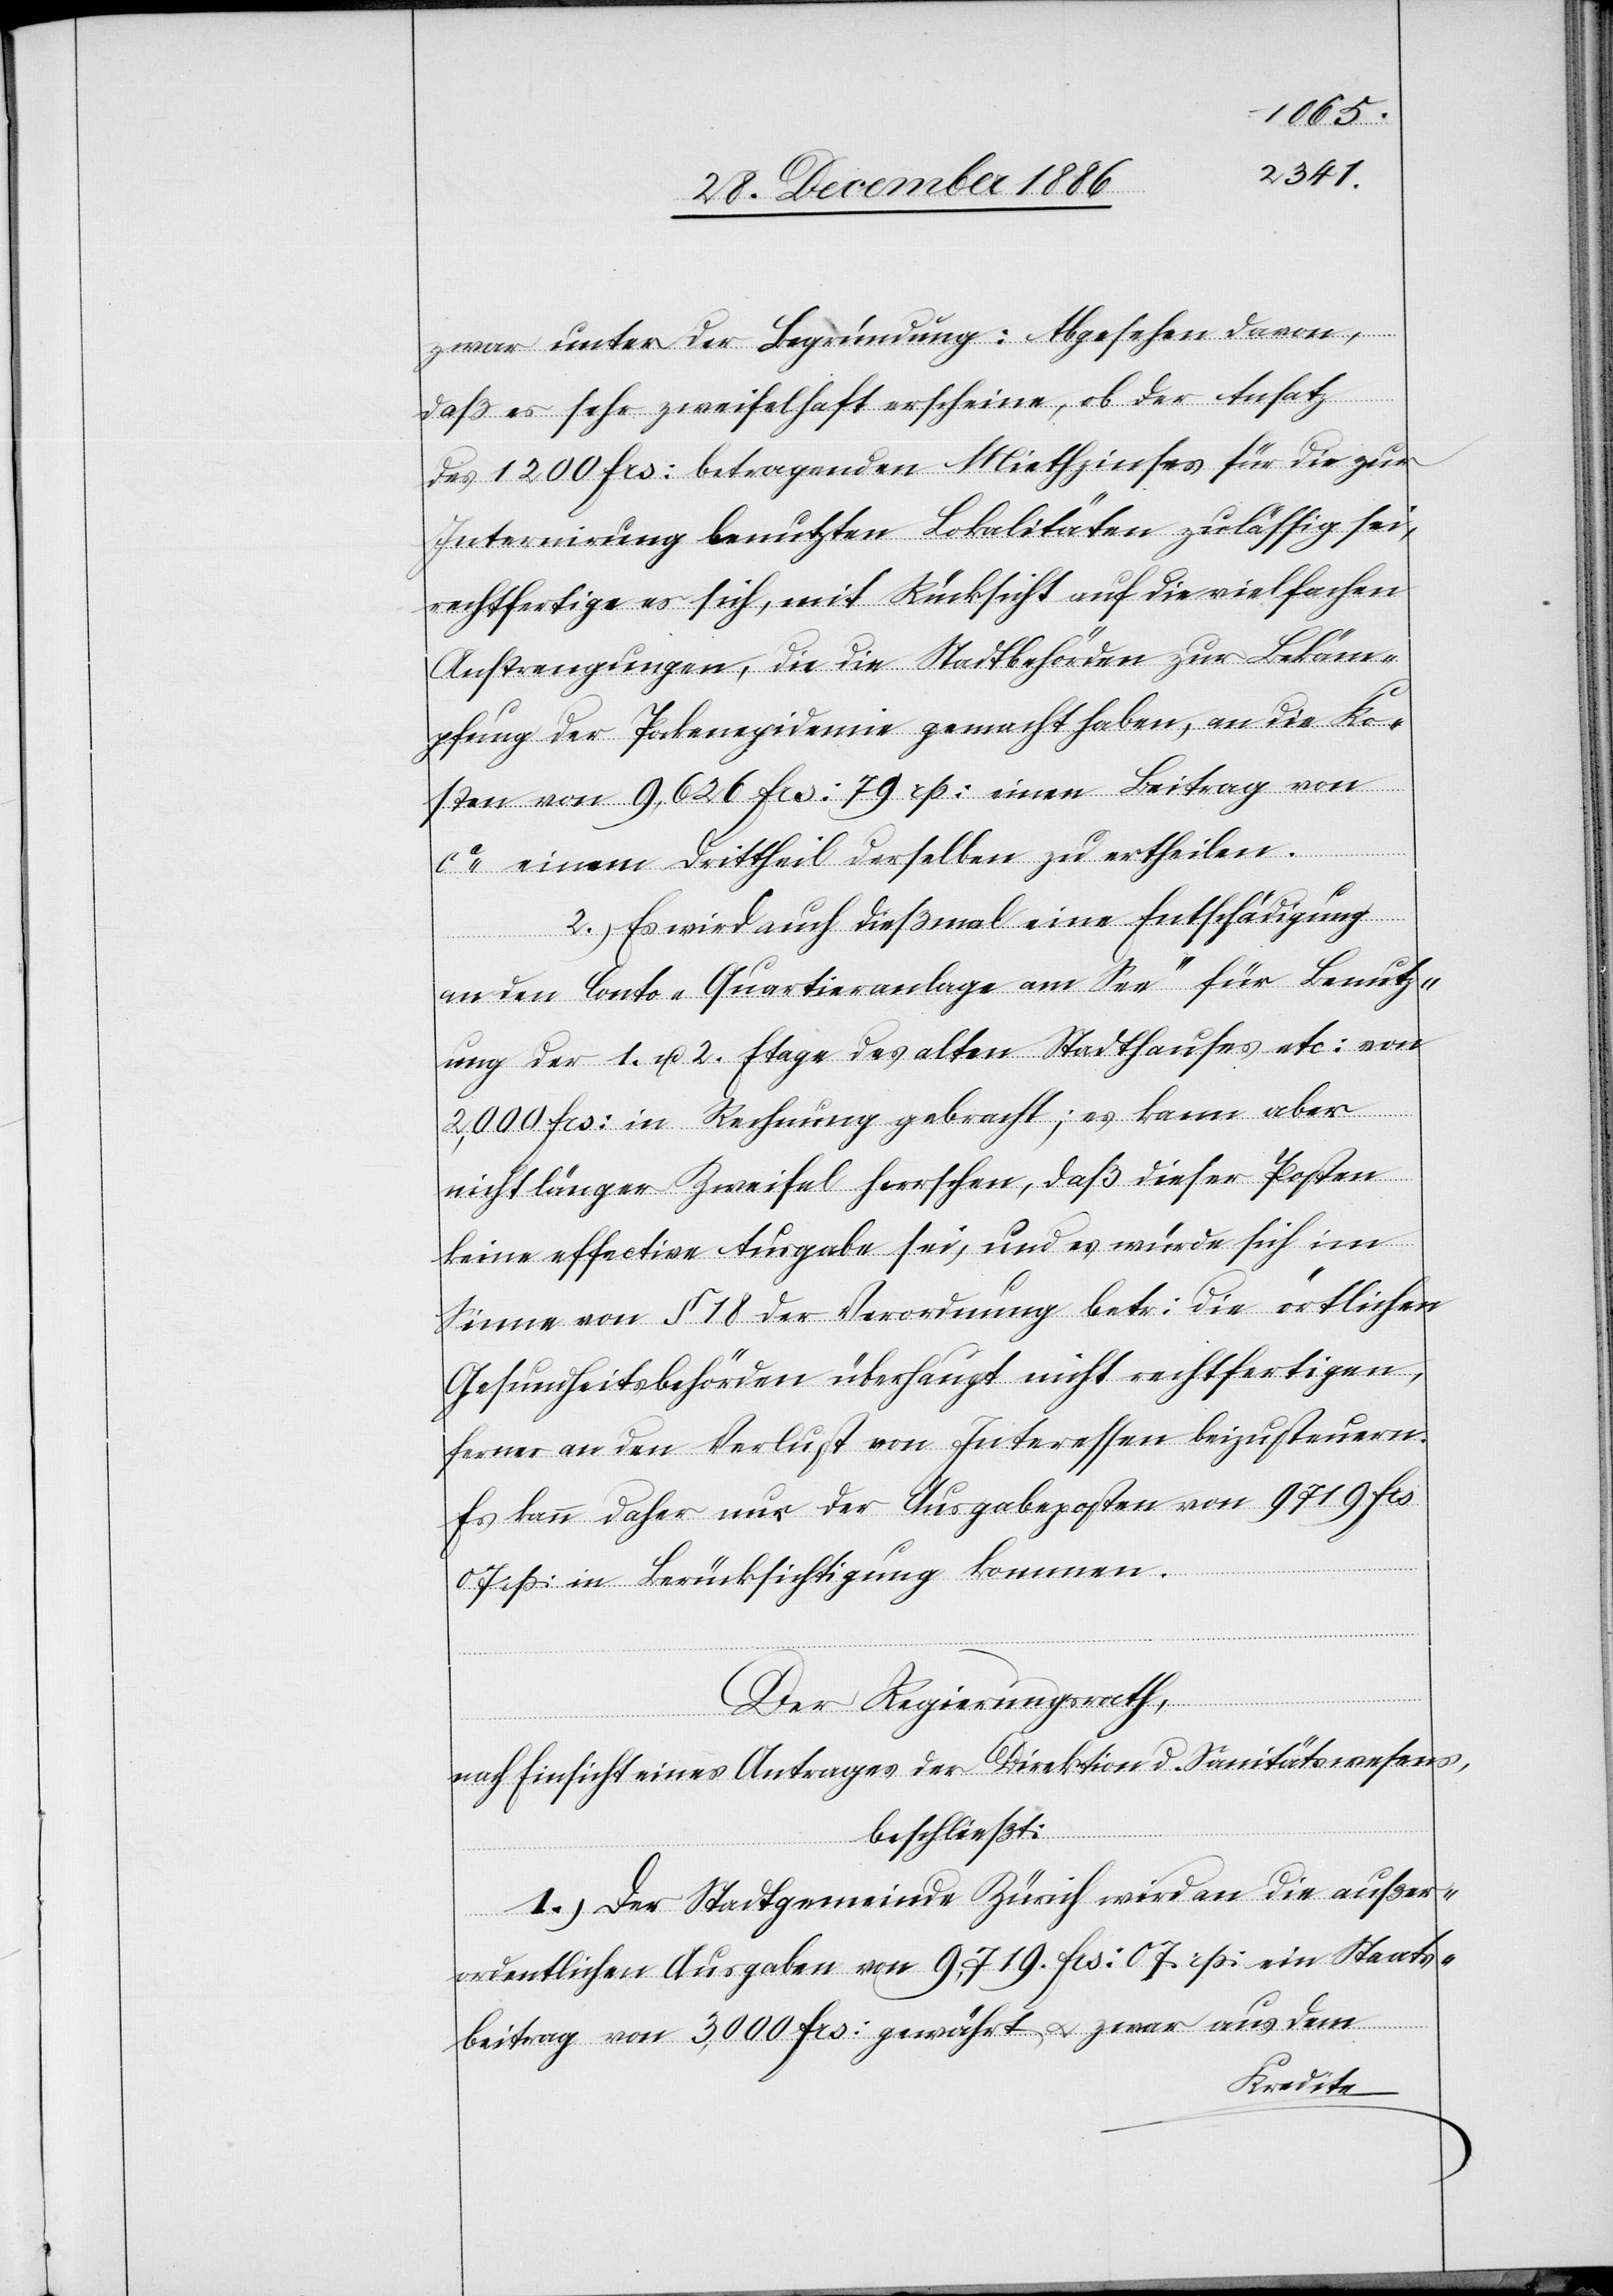
zwar unter der Begründung: Abgesehen davon,
daß es sehr zweifelhaft erscheine, ob der Ansatz
des 1200 Frs: betragenden Miethzinses für die zur
Internirung benutzten Lokalitäten zulässig sei,
rechtfertige es sich, mit Rücksicht auf die vielfachen
Anstrengungen, die die Stadtbehörden zur Bekäm¬
pfung der Pockenepidemie gemacht haben, an die Ko¬
sten von 9,626 Frs: 79 rp: einen Beitrag von
ca einem Drittheil derselben zu ertheilen.
2.) Es wird auch dießmal eine Entschädigung
an den Conto „Quartieranlage am See“ für Benutz¬
ung der 1. u. 2. Etage des alten Stadthauses etc: von
2,000 Frs: in Rechnung gebracht; es kann aber
nicht länger Zweifel herrschen, daß dieser Posten
keine effective Ausgabe sei, und es würde sich im
Sinne von § 18 der Verordnung betr: die örtlichen
Gesundheitsbehörden überhaupt nicht rechtfertigen,
ferner an den Verlust von Interessen beizusteuern.
Es kann daher nur der Ausgabeposten von 9719 Frs:
rp: in Berücksichtigung kommen.
Der Regierungsrath,
nach Einsicht eines Antrages der Direktion d. Sanitätswesens,
beschließt:
1.) Der Stadtgemeinde Zürich wird an die außer¬
ordentlichen Ausgaben von 9,719 Frs: 07 rp: ein Staats¬
beitrag von 3,000 Frs: gewährt & zwar aus dem